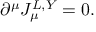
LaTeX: \partial ^ { \mu } J _ { \mu } ^ { L , Y } = 0 .